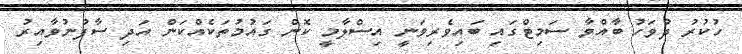
ހުކުރު ދުވަހު ބާއްވާ ސަމިޓްގައި ބައިވެރިވަނީ އިސްލާމީ ކޮން ގައުމުތަކެއްކަން އަދި ސާފުނުވާއިރު